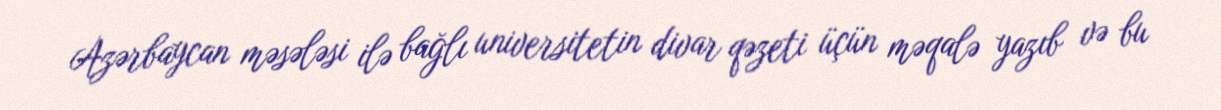
Azərbaycan məsələsi ilə bağlı universitetin divar qəzeti üçün məqalə yazıb və bu